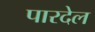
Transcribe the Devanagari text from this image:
पारदेल